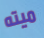
ميته